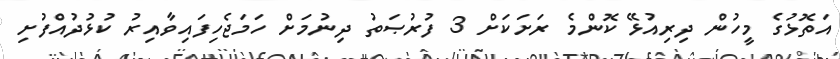
އަތޮޅުގެ މީހުން ދިރިއުޅޭ ކޮންމެ ރަށަކަށް 3 ފުރުޞަތު ދިނުމަށް ހަމަޖެހިފައިވާއިރު ކުޅުދުއްފުށި